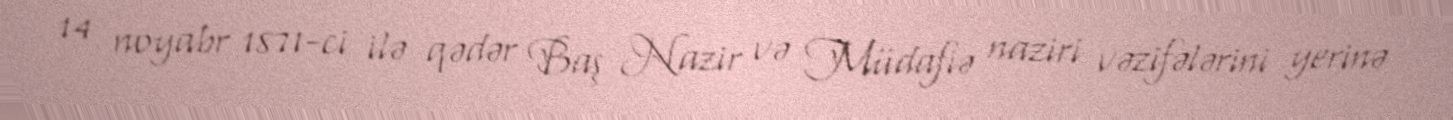
14 noyabr 1871-ci ilə qədər Baş Nazir və Müdafiə naziri vəzifələrini yerinə